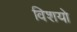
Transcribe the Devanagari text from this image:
विशयो